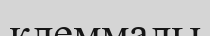
клеммалы